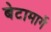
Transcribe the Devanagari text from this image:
बेटामार्गे